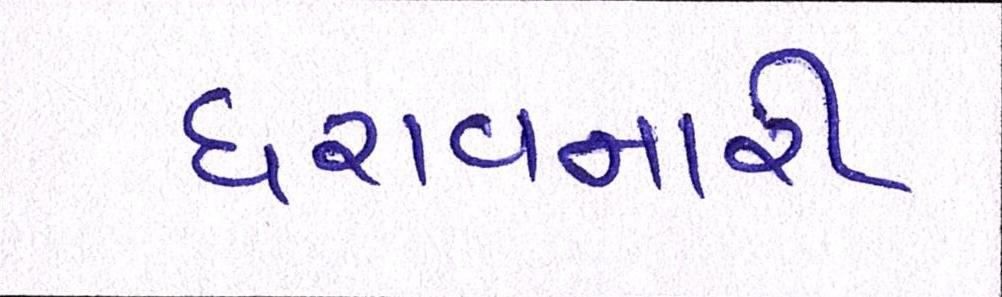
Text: ધરાવનારી